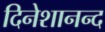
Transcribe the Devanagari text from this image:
दिनेशानन्द